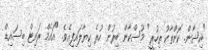
"އިޝާން. ކޮންތާކު ތިހުރީ" މުސްކާން ބިރުން ހުރެ ކިޔާލައިފިއެވެ. "އައެމް ރައިޓް ބިސައިޑް